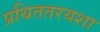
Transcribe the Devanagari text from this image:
प्रथिततरयशा